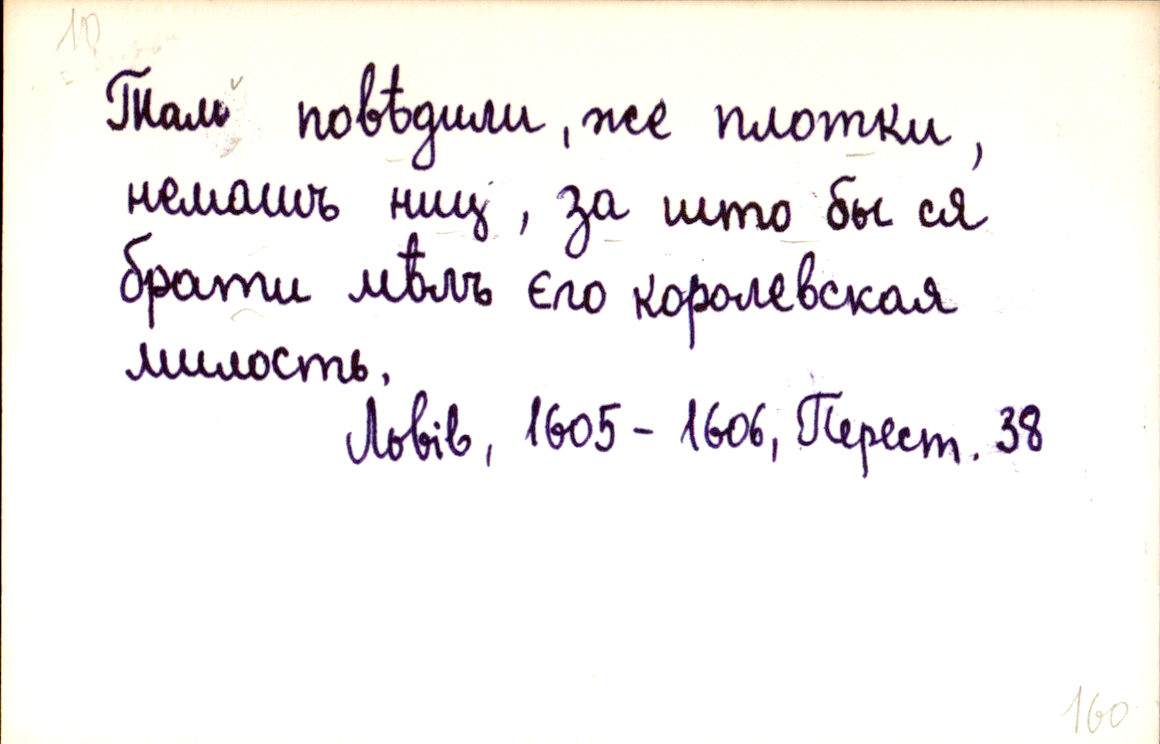
Тамъ повѣдили, же плотки,
немашъ ниц, за што бы ся
брати мѣлъ єго королевская
милость.
Львів, 1605-1606, Перест. 38